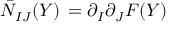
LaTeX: \bar { \cal N } _ { I J } ( Y ) \, = \partial _ { I } \partial _ { J } F ( Y )